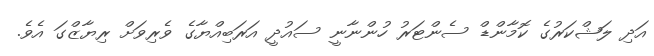
އަދި ލަޝްކަރުގެ ކޮމާންޑް ސެންޓަރު ހުންނާނީ ސައުދީ އަރަބިއްޔާގެ ވެރިވަށް ރިޔާޒްގަ އެވެ.